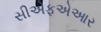
સીએફએઆર